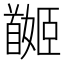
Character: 𩠯